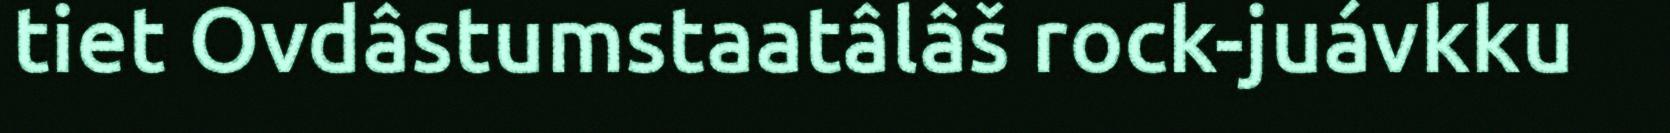
tiet Ovdâstumstaatâlâš rock-juávkku